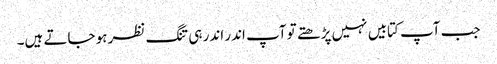
جب آپ کتابیں نہیں پڑھتے تو آپ اندر اندر ہی تنگ نظر ہو جاتے ہیں۔